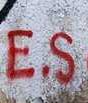
e.s